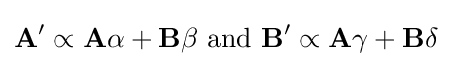
\mathbf {A} ^{\prime }\propto \mathbf {A} \alpha +\mathbf {B} \beta {\text{ and }}\mathbf {B} ^{\prime }\propto \mathbf {A} \gamma +\mathbf {B} \delta